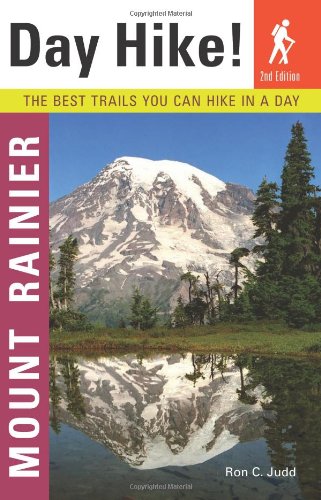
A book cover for Day Hike! Mount Rainier, 2nd Edition: The Best Trails You Can Hike in a Day; Ron C. Judd; Travel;